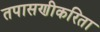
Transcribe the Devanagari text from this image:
तपासणीकरिता